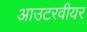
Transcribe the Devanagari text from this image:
आउटरवीयर